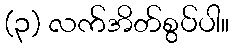
(၃) လက်အိတ်စွပ်ပါ။